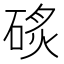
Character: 䂹